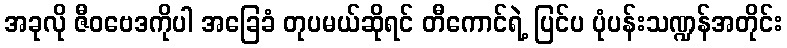
အခုလို ဇီဝဗေဒကိုပါ အခြေခံ တုပမယ်ဆိုရင် တီကောင်ရဲ့ ပြင်ပ ပုံပန်းသဏ္ဍန်အတိုင်း